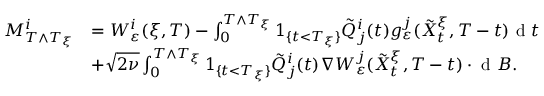
\begin{array} { r l } { M _ { T \wedge T _ { \xi } } ^ { i } } & { = W _ { \varepsilon } ^ { i } ( \xi , T ) - \int _ { 0 } ^ { T \wedge T _ { \xi } } 1 _ { \{ t < T _ { \xi } \} } \tilde { Q } _ { j } ^ { i } ( t ) g _ { \varepsilon } ^ { j } ( \tilde { X } _ { t } ^ { \xi } , T - t ) \textrm { d } t } \\ & { + \sqrt { 2 \nu } \int _ { 0 } ^ { T \wedge T _ { \xi } } 1 _ { \{ t < T _ { \xi } \} } \tilde { Q } _ { j } ^ { i } ( t ) \nabla W _ { \varepsilon } ^ { j } ( \tilde { X } _ { t } ^ { \xi } , T - t ) \cdot \textrm { d } B . } \end{array}